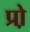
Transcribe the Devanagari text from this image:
प्रो़